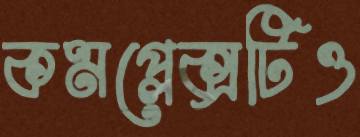
কমপ্লেক্সটিও